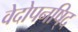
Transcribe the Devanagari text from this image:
वेदोपनषि्द